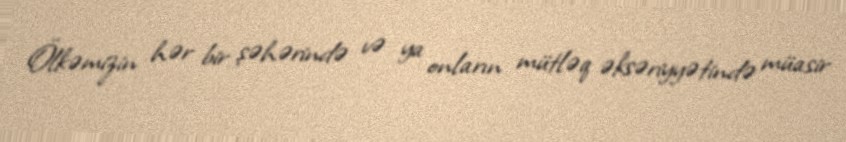
Ölkəmizin hər bir şəhərində və ya onların mütləq əksəriyyətində müasir